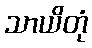
သာယိတုံ